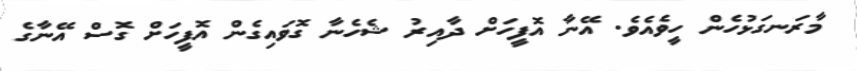
މާރަނގަޅުހެން ހީވެއެވެ. އޭނާ އޮފީހަށް ދާއިރު ޝެހެނާ ގޮވައިގެން އޮފީހަށް ގޮސް އޭނާގެ